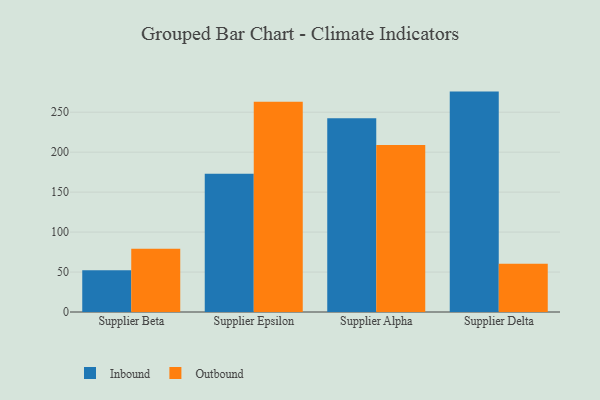
{"axis": {"x": "Supplier", "y": "Population (Million)"}, "legend": ["Inbound", "Outbound"], "data": [{"x": "Supplier Beta", "y": 52.3, "type": "Inbound"}, {"x": "Supplier Beta", "y": 79.0, "type": "Outbound"}, {"x": "Supplier Epsilon", "y": 173.1, "type": "Inbound"}, {"x": "Supplier Epsilon", "y": 263.1, "type": "Outbound"}, {"x": "Supplier Alpha", "y": 242.6, "type": "Inbound"}, {"x": "Supplier Alpha", "y": 208.9, "type": "Outbound"}, {"x": "Supplier Delta", "y": 275.8, "type": "Inbound"}, {"x": "Supplier Delta", "y": 60.5, "type": "Outbound"}]}